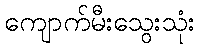
ကျောက်မီးသွေးသုံး